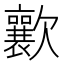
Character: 𣤸